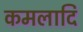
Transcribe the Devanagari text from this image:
कमलादि